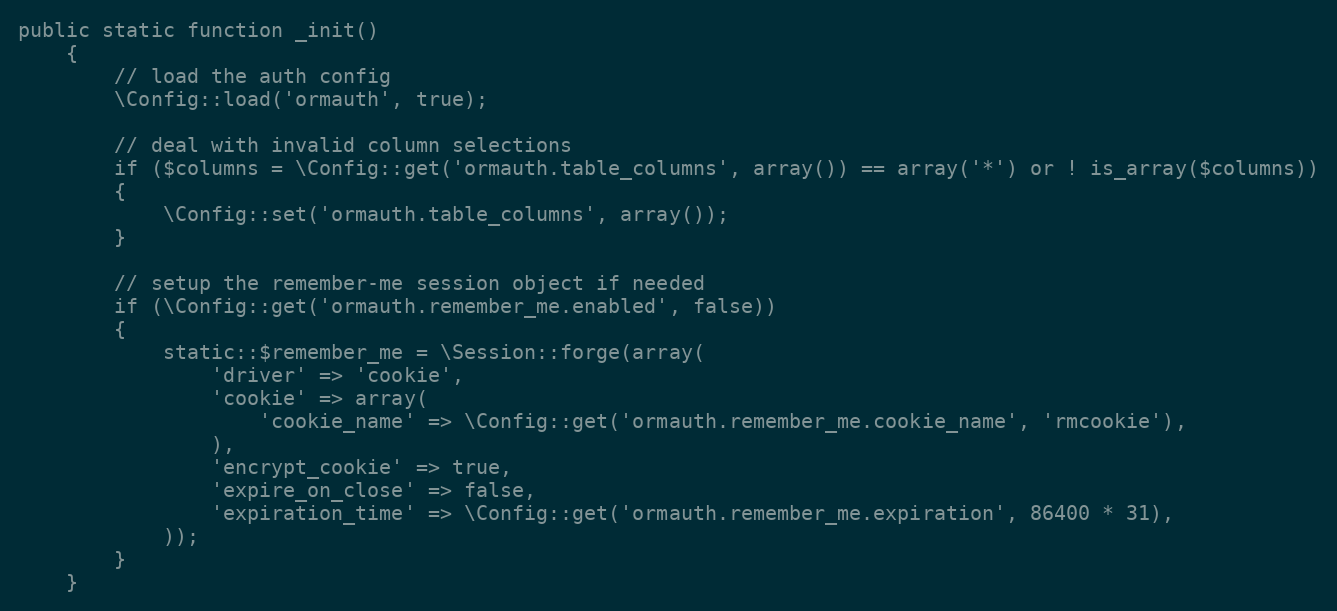
Language: PHP
public static function _init()
	{
		// load the auth config
		\Config::load('ormauth', true);

		// deal with invalid column selections
		if ($columns = \Config::get('ormauth.table_columns', array()) == array('*') or ! is_array($columns))
		{
			\Config::set('ormauth.table_columns', array());
		}

		// setup the remember-me session object if needed
		if (\Config::get('ormauth.remember_me.enabled', false))
		{
			static::$remember_me = \Session::forge(array(
				'driver' => 'cookie',
				'cookie' => array(
					'cookie_name' => \Config::get('ormauth.remember_me.cookie_name', 'rmcookie'),
				),
				'encrypt_cookie' => true,
				'expire_on_close' => false,
				'expiration_time' => \Config::get('ormauth.remember_me.expiration', 86400 * 31),
			));
		}
	}